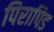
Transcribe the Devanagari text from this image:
पिरापिड